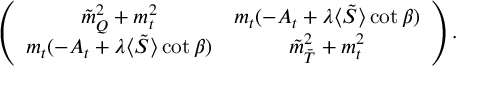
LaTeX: \left( \begin{array} { c c } { { \tilde { m } _ { Q } ^ { 2 } + m _ { t } ^ { 2 } } } & { { m _ { t } ( - A _ { t } + \lambda \langle \tilde { S } \rangle \cot \beta ) } } \\ { { m _ { t } ( - A _ { t } + \lambda \langle \tilde { S } \rangle \cot \beta ) } } & { { \tilde { m } _ { \bar { T } } ^ { 2 } + m _ { t } ^ { 2 } } } \end{array} \right) .